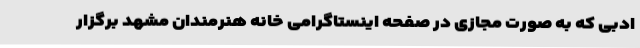
ادبی که به صورت مجازی در صفحه اینستاگرامی خانه هنرمندان مشهد برگزار